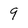
Character: 9